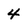
Character: 4